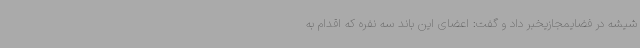
شیشه در فضایمجازیخبر داد و گفت: اعضای این باند سه نفره که اقدام به